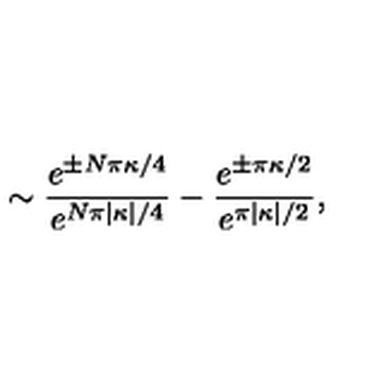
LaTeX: \sim \frac { e ^ { \pm N \pi \kappa / 4 } } { e ^ { N \pi | \kappa | / 4 } } - \frac { e ^ { \pm \pi \kappa / 2 } } { e ^ { \pi | \kappa | / 2 } } ,